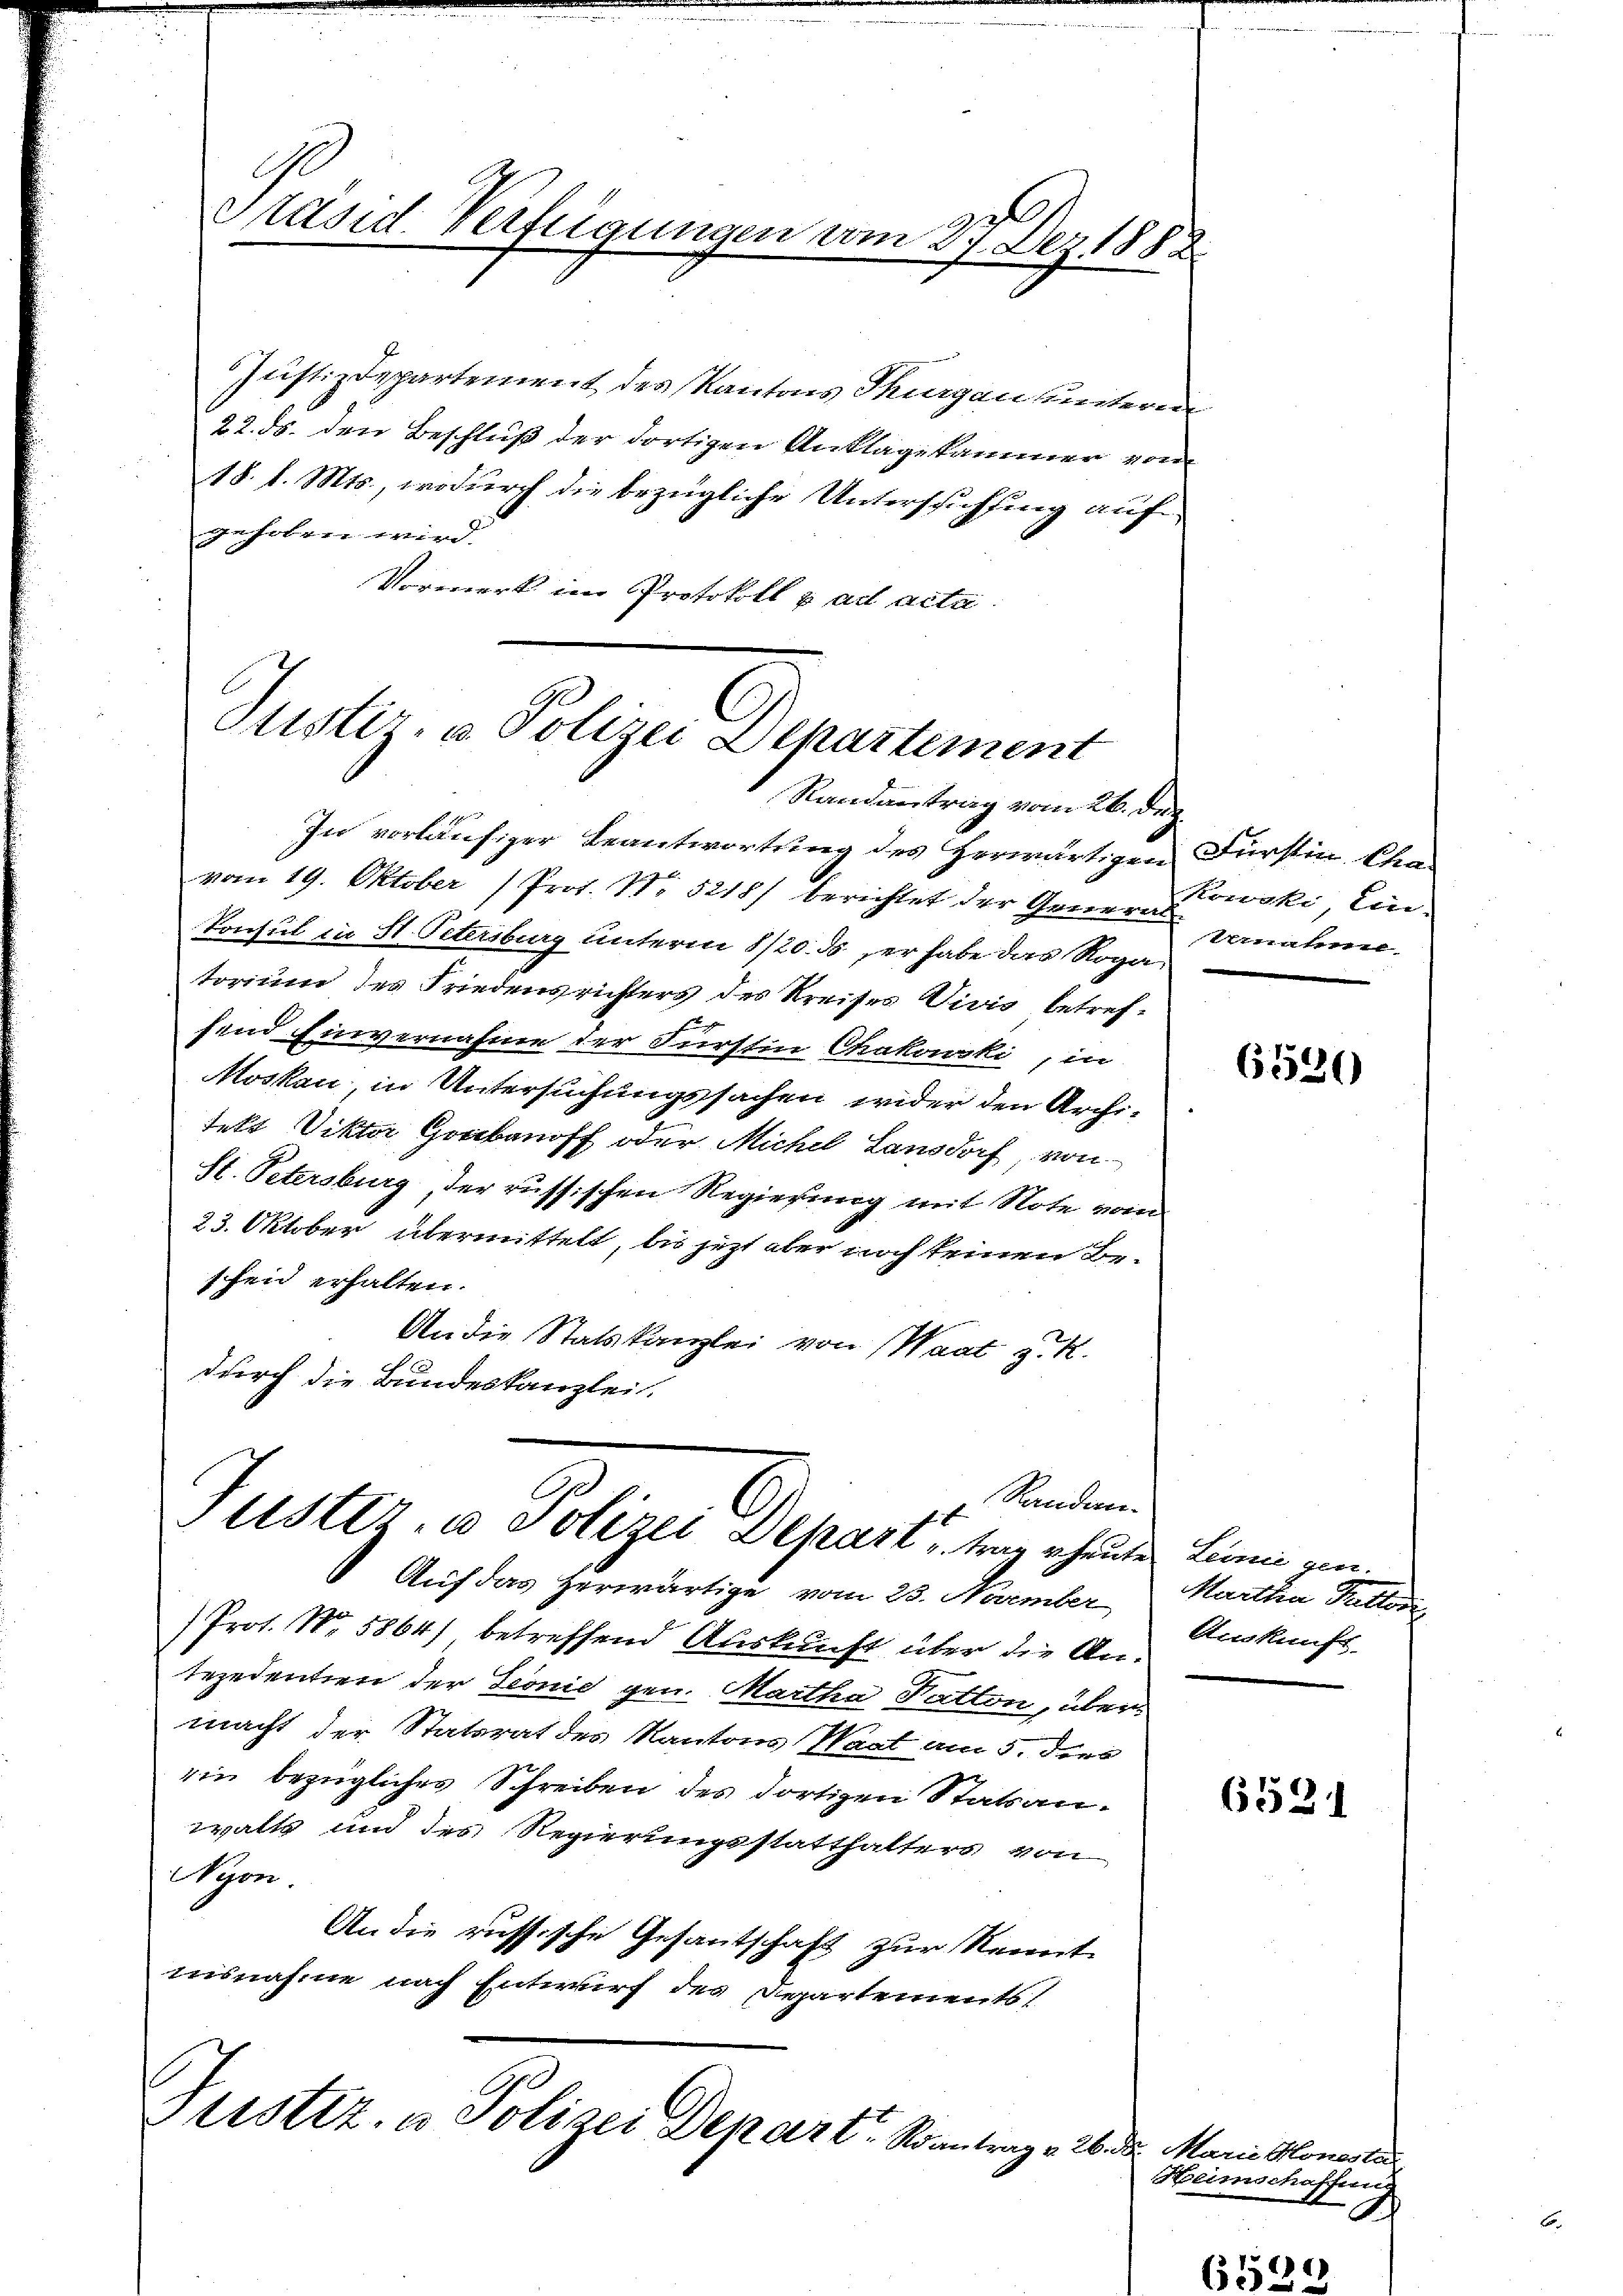
Ge
G
Adsid. Verfügungen vom 27. Dez. 1882

Justizdepartement des Kantons Thurgen seitern
22. ds. den Beschluß der dortigen Anklagekammer von
18. d. Mts., wodurch die bezügliche Unterschuchung auf
gehoben wird.
Vormerk im Protokoll p. ad acta

Sistiz- u. Polizei Departement
Randantrag vom 26. dez.

In vorläufiger Beantwortung des Herwärtigen
vom 19. Oktober Prot. N. 5215) berichtet der Generen
konsul in St. Petersburg unterm 8/20. ds er habe das Rogatorium des Friedensrichters des Kreises Vivis betrefsend Einvernahme der Furstin Chakowski, in
Moskau, in Untersuchungssachen wider den Archi-
tett Diktor Goribanoff oder Michel Lansdorf, von
St. Petersburg der russischen Regierung mit Note vom
23. Oktober übermittelt, bis jezt aber noch keinen Be-
schen erhalten.
An die Statskanzlei von Waat z. R.
durch die Bundeskanzlei.

Sanden.
ustiz- & Polizei Depart u. trag heute
9

Auf das Zerwärtige vom 23. November
Prot. Nr. 5864), betreffend Auskunft über die Antejedenten der Pionie gen. Martha Fatton, übermacht der Statorat des Kantons Saat am 5. dies
ein bezügliches Schreiben des dortigen Statsan-
walts und des Regierungsstatthalters von
Wym
An die russische Gesantschaft zur Kennt
ausnahme nach Entwurf des Departements

Usttz. u. Polizei Depart. Kantrag. 26 de

Fürstin Cha
Kowski, Ein-
Unaten.

6520

Leinigen.
Martha Sutter
Auskunft.

6521

Marie Honester
Heimschaffen
.

)